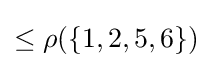
{\textstyle \leq \rho (\{1,2,5,6\})}